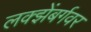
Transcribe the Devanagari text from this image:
लक्झेंबर्गवर